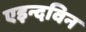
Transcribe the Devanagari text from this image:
एइन्दविन